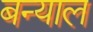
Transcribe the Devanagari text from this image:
बन्‍याल